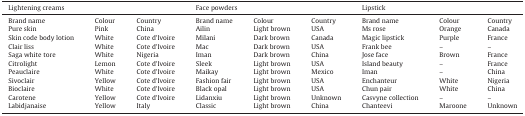
<table><thead><tr><td colspan="3"><b>Lightening creams</b></td><td colspan="3"><b>Face powders</b></td><td colspan="3"><b>Lipstick</b></td></tr></thead><tbody><tr><td>Brand name</td><td>Colour</td><td>Country</td><td>Brand name</td><td>Colour</td><td>Country</td><td>Brand name</td><td>Colour</td><td>Country</td></tr><tr><td>Pure skin</td><td>Pink</td><td>China</td><td>Ailin</td><td>Light brown</td><td>USA</td><td>Ms rose</td><td>Orange</td><td>Canada</td></tr><tr><td>Skin code body lotion</td><td>White</td><td>Cote d’Ivoire</td><td>Milani</td><td>Dark brown</td><td>Canada</td><td>Magic lipstick</td><td>Purple</td><td>France</td></tr><tr><td>Clair liss</td><td>White</td><td>Cote d’Ivoire</td><td>Mac</td><td>Dark brown</td><td>USA</td><td>Frank bee</td><td>–</td><td>–</td></tr><tr><td>Saga white tore</td><td>White</td><td>Nigeria</td><td>Iman</td><td>Dark brown</td><td>China</td><td>Jose face</td><td>Brown</td><td>France</td></tr><tr><td>Citrolight</td><td>Lemon</td><td>Cote d’Ivoire</td><td>Sleek</td><td>Light brown</td><td>USA</td><td>Island beauty</td><td>–</td><td>France</td></tr><tr><td>Peauclaire</td><td>White</td><td>Cote d’Ivoire</td><td>Maikay</td><td>Light brown</td><td>Mexico</td><td>Iman</td><td>–</td><td>China</td></tr><tr><td>Sivoclair</td><td>Yellow</td><td>Cote d’Ivoire</td><td>Fashion fair</td><td>Light brown</td><td>USA</td><td>Enchanteur</td><td>White</td><td>Nigeria</td></tr><tr><td>Bioclaire</td><td>White</td><td>Cote d’Ivoire</td><td>Black opal</td><td>Light brown</td><td>USA</td><td>Chun pair</td><td>White</td><td>China</td></tr><tr><td>Carotene</td><td>Yellow</td><td>Cote d’Ivoire</td><td>Lidanxiu</td><td>Light brown</td><td>Unknown</td><td>Casvyne collection</td><td>–</td><td>–</td></tr><tr><td>Labidjanaise</td><td>Yellow</td><td>Italy</td><td>Classic</td><td>Light brown</td><td>China</td><td>Chanteevi</td><td>Maroone</td><td>Unknown</td></tr></tbody></table>